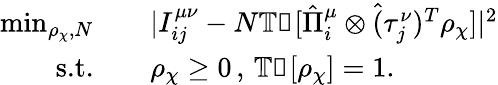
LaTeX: \begin{array}{rl}{\operatorname*{min}_{\rho_{\chi},N}\quad}&{{}|I_{ij}^{\mu\nu}-N\mathbb{Tr}[\hat{\Pi}_{i}^{\mu}\otimes\hat{(}\tau_{j}^{\nu})^{T}\rho_{\chi}]|^{2}}\\ {\textrm{s.t.}\quad}&{{}\rho_{\chi}\geq 0\, ,\, \mathbb{Tr}[\rho_{\chi}]=1.}\end{array}